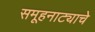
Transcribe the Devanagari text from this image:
समूहनाट्याचे